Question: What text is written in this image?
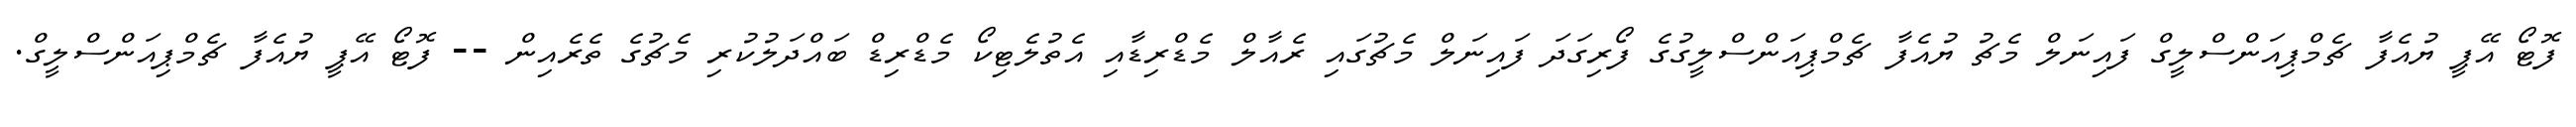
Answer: ފޮޓޯ އޭޕީ ޔުއެފާ ޗެމްޕިއަންސްލީގް ފައިނަލް މެޗު ޔުއެފާ ޗެމްޕިއަންސްލީގުގެ ފޯރިގަދަ ފައިނަލް މެޗުގައި ރެއާލް މެޑްރިޑާއި އެތުލެޓިކޯ މެޑްރިޑް ބައްދަލުކުރި މެޗުގެ ތެރެއިން -- ފޮޓޯ އޭޕީ ޔުއެފާ ޗެމްޕިއަންސްލީގް.